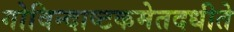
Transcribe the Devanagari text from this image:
गोविन्दाष्टकमेतदधीते